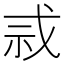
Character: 𫻫